Jaan_Tonisson_(Lasteleht), lk 33
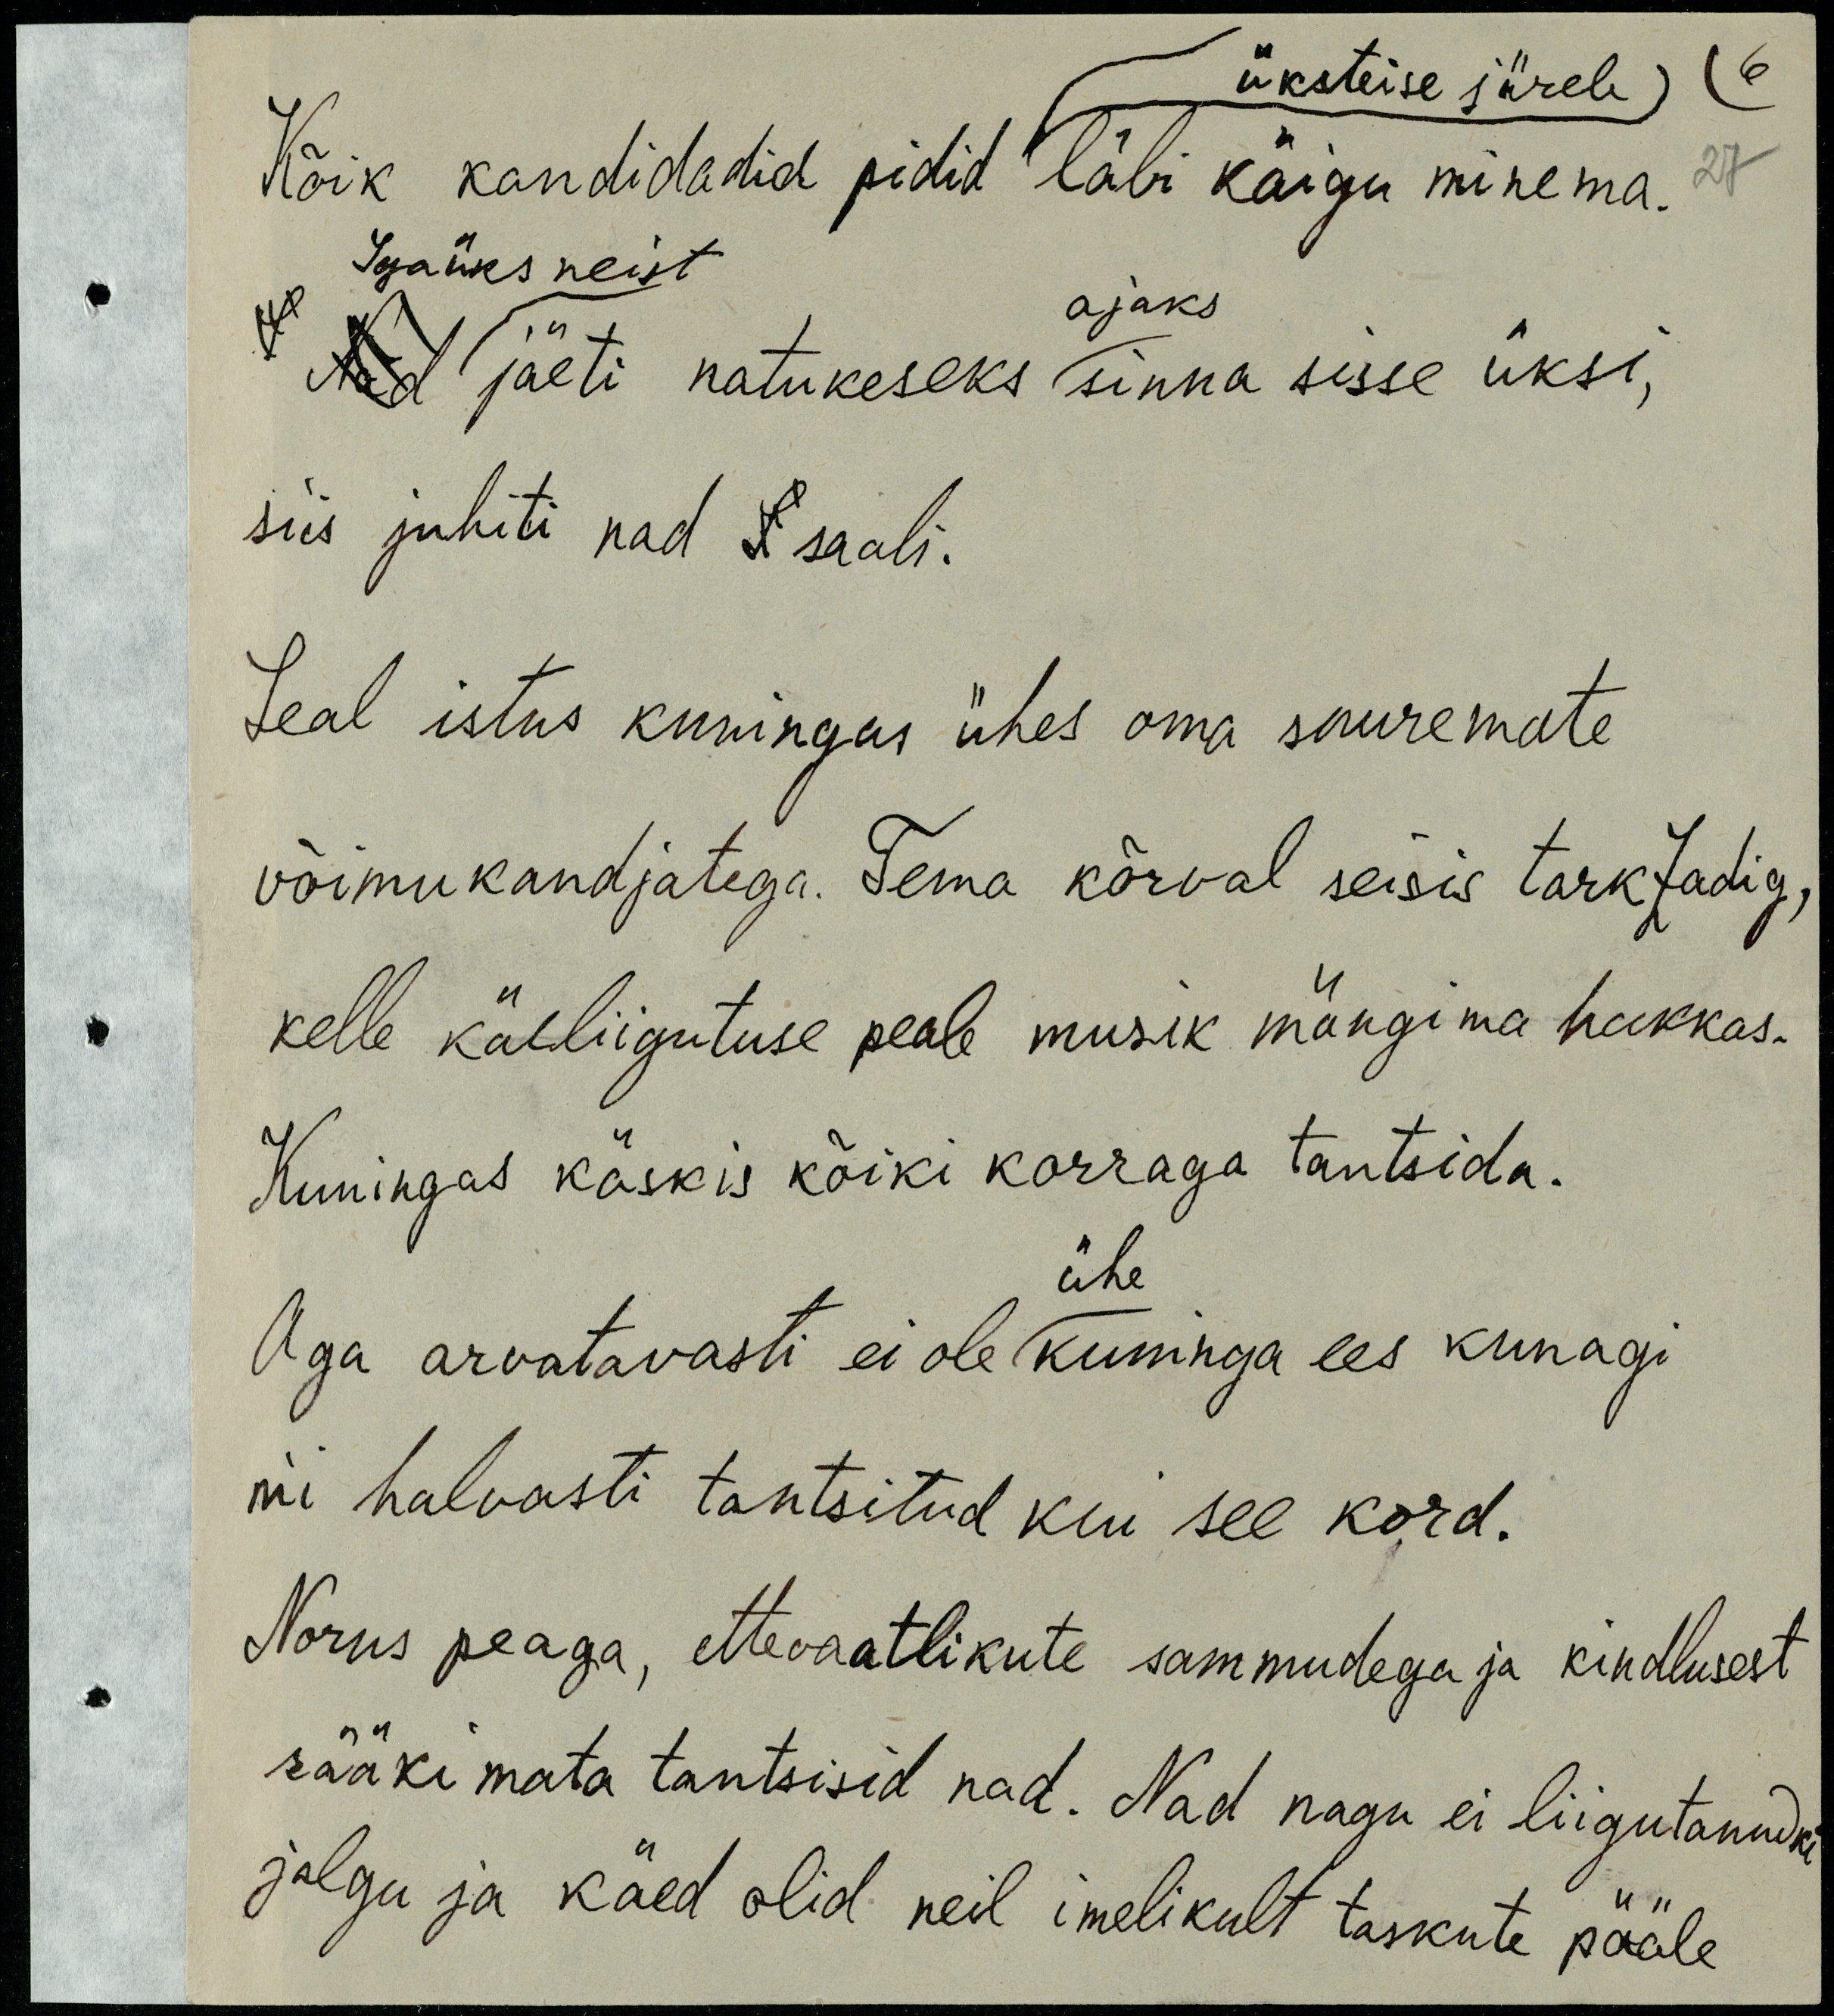
üksteise järele
Kõik kandidadid pidid läbi käigu minema.
Igaüks neist
ajaks
Nad jäeti natukeseks sinna sisse üksi,
siis juhiti nad S saali.
Seal istus kuningas ühes oma suuremate
võimukandjatega. Tema kõrval seisis tark Zadig,
kelle käeliigutuse peale musik mängima hakkas.
Kuningas käskis kõiki korraga tantsida.
ühe
Aga arvatavasti ei ole kuninga ees kunagi
nii halvasti tantsitud kui see kord.
Norus peaga, ettevaatlikute sammudega ja kindlusest
rääkimata tantsisid nad. Nad nagu ei liigutanudki
jalgu ja käed olid neil imelikult taskute pääle